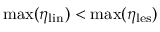
\mathrm { m a x } ( \eta _ { \mathrm { l i n } } ) < \mathrm { m a x } ( \eta _ { \mathrm { l e s } } )